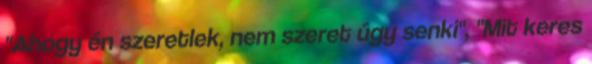
"Ahogy én szeretlek, nem szeret úgy senki", "Mit keres